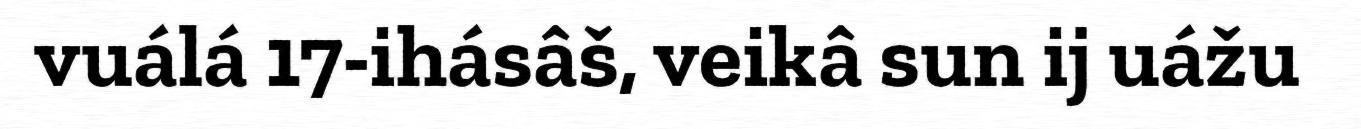
vuálá 17-ihásâš, veikâ sun ij uážu